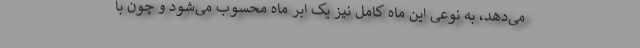
می‌دهد، به نوعی این ماه کامل نیز یک اَبَر ماه محسوب می‌شود و چون با